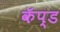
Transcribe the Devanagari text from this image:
कॅप्ड